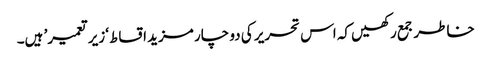
خاطر جمع رکھیں کہ اس تحریر کی دو چار مزید اقساط ‘زیر تعمیر’ ہیں۔